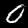
Digit: 0